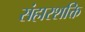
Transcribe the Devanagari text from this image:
संहारशक्ति